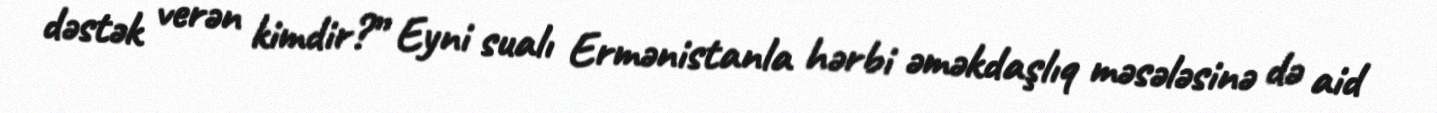
dəstək verən kimdir?” Eyni sualı Ermənistanla hərbi əməkdaşlıq məsələsinə də aid